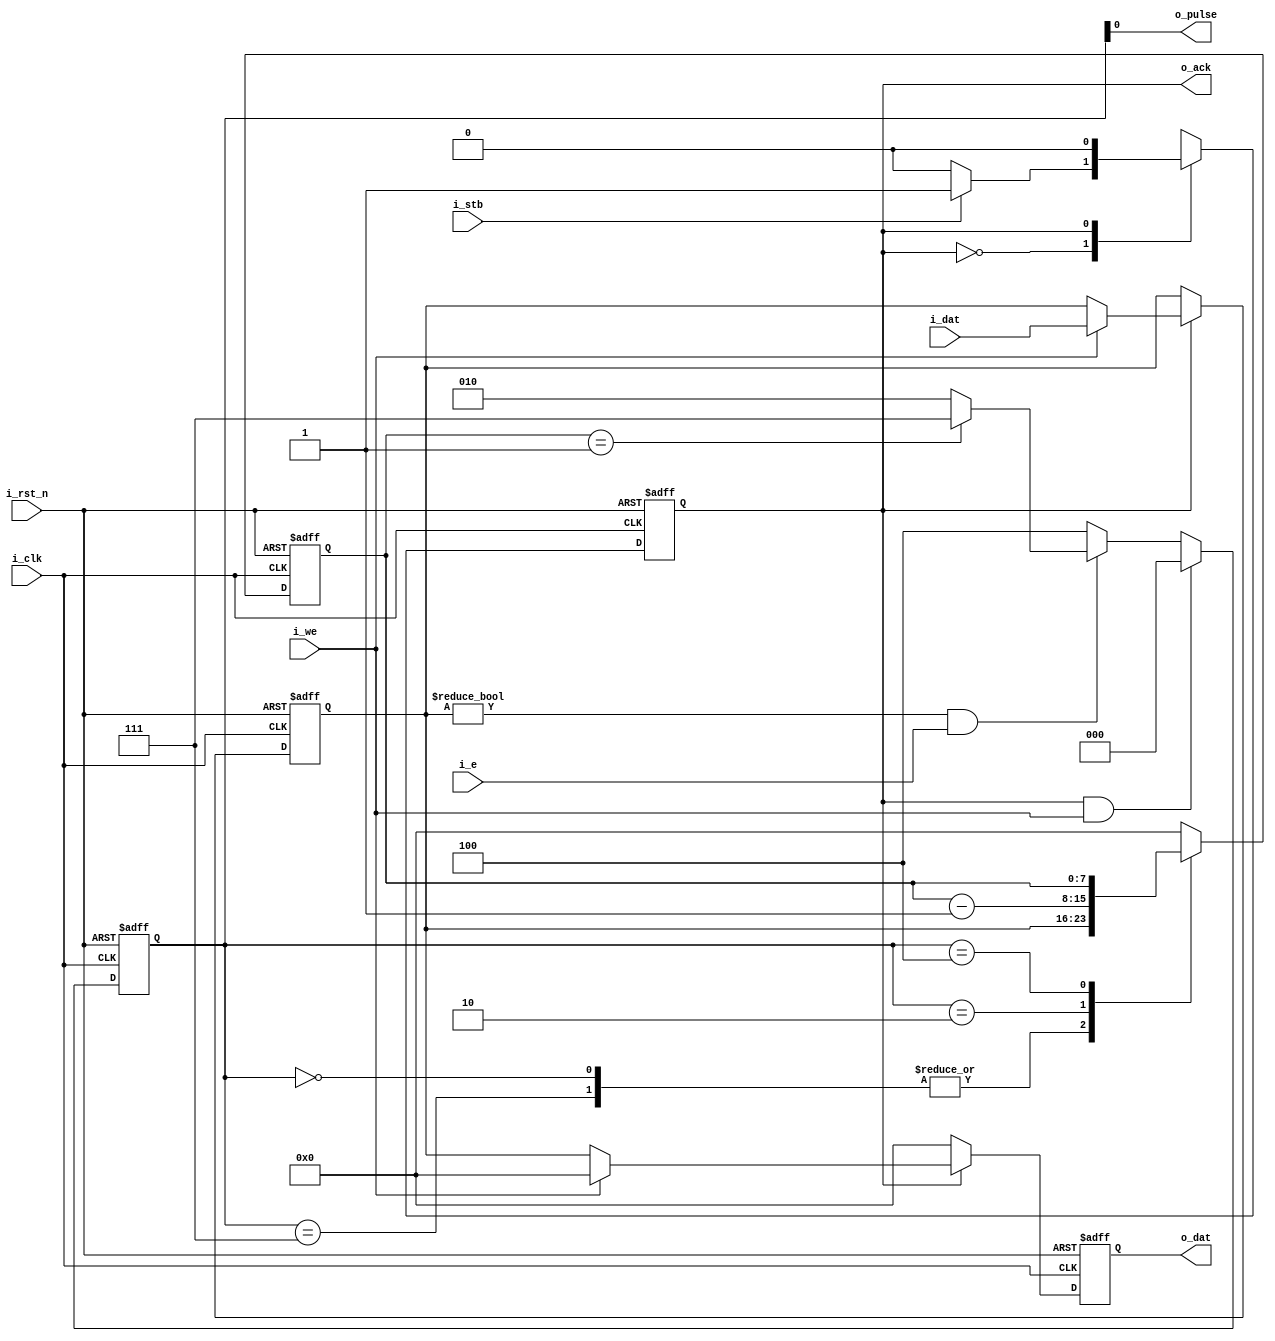
module wb2pulse #(
  parameter DSIZE = 8
)(
  input                i_clk  ,
  input                i_rst_n,
  input                i_stb  ,
  input                i_we   ,
  input  [DSIZE-1:0]   i_dat  ,
  input                i_e    ,
  output               o_ack  ,
  output [DSIZE-1:0]   o_dat  ,
  output               o_pulse
);
  // * -----------------
  // * state encode
  // * -----------------
  parameter       WB_IDLE   = 1'b0,
                  WB_ACCESS = 1'b1;
  parameter [2:0] CNT_LOAD  = 3'b00_0,
                  CNT_INCR  = 3'b01_0,
                  CNT_PULSE = 3'b11_1,
                  CNT_HOLD  = 3'b10_0;

  // * -----------------
  // * wishbone FSM
  // * -----------------
  reg wb_state, wb_state_next;

  // state update
  always @ (posedge i_clk or negedge i_rst_n) begin
    if (!i_rst_n) wb_state <= WB_IDLE;
    else          wb_state <= wb_state_next;
  end

  // next state logic
  always @ (*) begin
    case (wb_state)
      WB_IDLE:
        if (i_stb) wb_state_next = WB_ACCESS;
        else       wb_state_next = WB_IDLE;
      WB_ACCESS:   wb_state_next = WB_IDLE;
      default:     wb_state_next = WB_IDLE;
    endcase
  end

  // FSM output
  reg [DSIZE-1:0] o_dat, D;

  assign o_ack = wb_state;
  always @ (posedge i_clk or negedge i_rst_n) begin
    if (!i_rst_n) begin
      o_dat <= 0;
      D     <= 0;
    end else begin
      o_dat <= 0;
      D     <= D;
      case (wb_state)
        WB_IDLE: ;
        WB_ACCESS:
          if (i_we) D <= i_dat; // write          
          else      o_dat <= D; // read
        default: ;
      endcase
    end 
  end

  // * -----------------
  // * cnt control FSM
  // * -----------------
  reg [2:0] cntctl, cntctl_next;
  reg [DSIZE-1:0] cnt, cnt_next;

  // state update
  always @ (posedge i_clk or negedge i_rst_n) begin
    if (!i_rst_n) cntctl <= CNT_LOAD;
    else          cntctl <= cntctl_next;
  end

  // next state logic
  always @ (*) begin
    if ((wb_state == WB_ACCESS) & i_we) begin
      cntctl_next = CNT_LOAD;                  // load
    end else if ((D != 0) & i_e) begin
      case (cnt)
        8'b0000_0001: cntctl_next = CNT_PULSE; // pulse
        default:      cntctl_next = CNT_INCR;  // count
      endcase
    end else begin
      cntctl_next = CNT_HOLD;                  // hold
    end
  end

  // FSM output
  assign o_pulse = cntctl[0];

  // * -------------
  // * counter FSM
  // * -------------
  
  // state update
  always @ (posedge i_clk or negedge i_rst_n) begin
    if (!i_rst_n) cnt <= 8'b0;
    else          cnt <= cnt_next;
  end

  // next state logic
  always @ (*) begin
    case (cntctl)
      CNT_LOAD,
      CNT_PULSE: cnt_next = D;
      CNT_INCR:  cnt_next = cnt - 1;
      CNT_HOLD:  cnt_next = cnt;
      default:   cnt_next = 8'b0;
    endcase
  end

endmodule